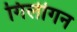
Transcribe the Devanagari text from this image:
गिलीगन